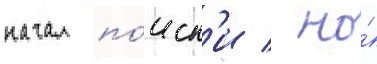
начал по́иск'и / но́